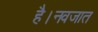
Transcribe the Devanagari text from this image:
है।नवजात